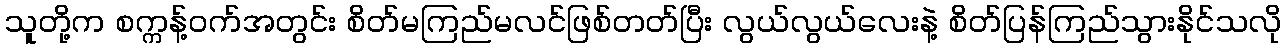
သူတို့က စက္ကန့်ဝက်အတွင်း စိတ်မကြည်မလင်ဖြစ်တတ်ပြီး လွယ်လွယ်လေးနဲ့ စိတ်ပြန်ကြည်သွားနိုင်သလို